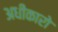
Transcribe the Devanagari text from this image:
अधीकारो